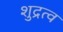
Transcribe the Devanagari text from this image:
शुद्रत्व